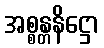
အစ္စန္တနိဋ္ဌော